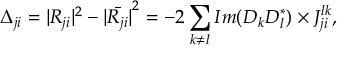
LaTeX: \Delta _ { j i } = | R _ { j i } | ^ { 2 } - \bar { | R _ { j i } | } ^ { 2 } = - 2 \sum _ { k \neq l } I m ( D _ { k } D _ { l } ^ { \ast } ) \times J _ { j i } ^ { l k } ,